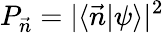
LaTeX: P_{\vec{n}}=|\langle\vec{n}|\psi\rangle|^{2}